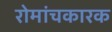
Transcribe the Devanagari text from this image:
रोमांचकारक